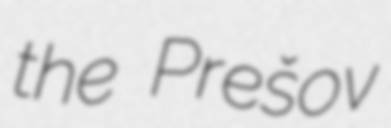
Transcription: the Prešov